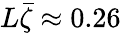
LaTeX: L\bar{\zeta}\approx 0.26